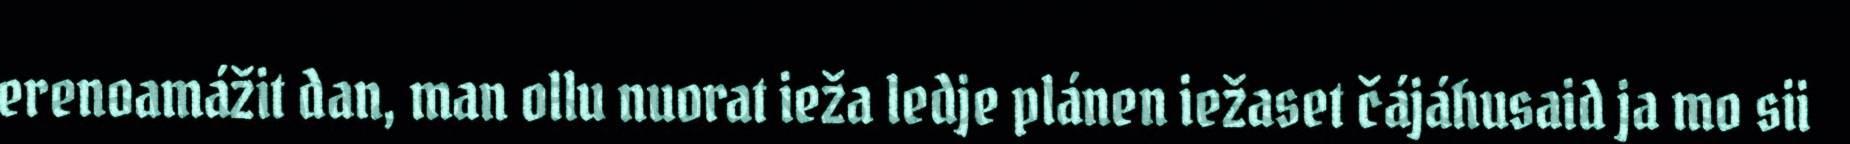
erenoamážit dan, man ollu nuorat ieža ledje plánen iežaset čájáhusaid ja mo sii